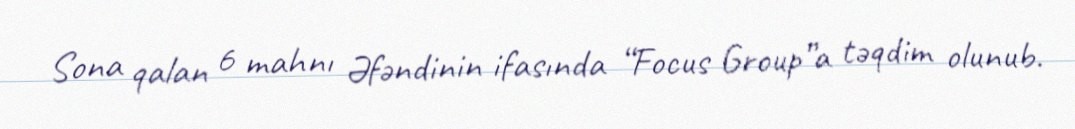
Sona qalan 6 mahnı Əfəndinin ifasında “Focus Group”a təqdim olunub.